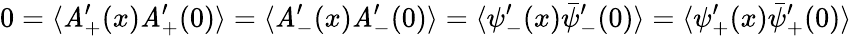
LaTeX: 0=\langle\mathit{A}_{+}^{\prime}(x)\mathit{A}_{+}^{\prime}(0)\rangle=\langle\mathit{A}_{-}^{\prime}(x)\mathit{A}_{-}^{\prime}(0)\rangle=\langle{\psi}_{-}^{\prime}(x)\bar{{\psi}}_{-}^{\prime}(0)\rangle=\langle{\psi}_{+}^{\prime}(x)\bar{{\psi}}_{+}^{\prime}(0)\rangle